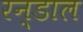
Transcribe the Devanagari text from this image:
रन्डाल